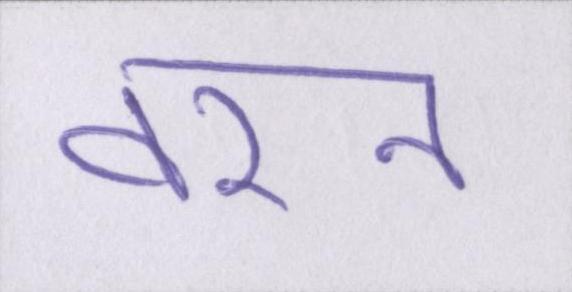
वरन